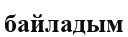
байладым